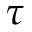
\tau